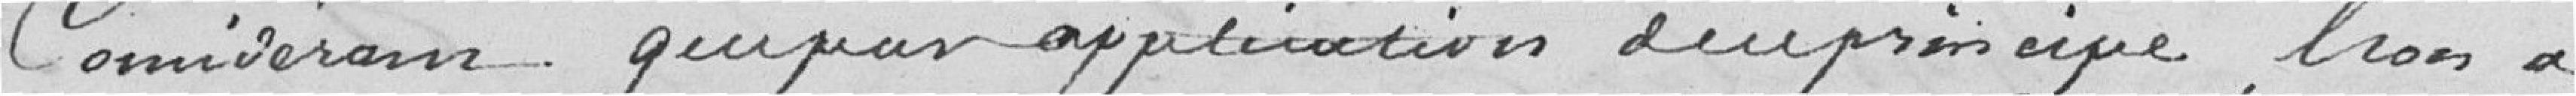
Considérons quelconque application